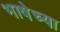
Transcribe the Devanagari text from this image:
भाषेच्‍या